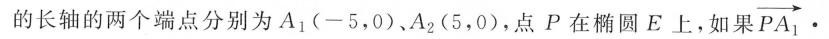
的长轴的两个端点分别为A_{ 1 } (-5，0) 、A_{2} (5，0)，点P在椭圆E上，如果 $$\overrightarrow { P A _ { 1 } } \cdot